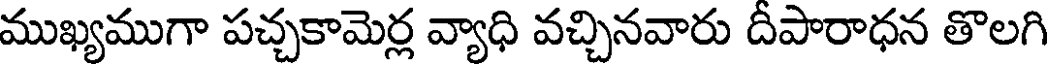
ముఖ్యముగా పచ్చకామెర్ల వ్యాధి వచ్చినవారు దీపారాధన తొలగి